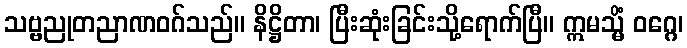
သဗ္ဗညုတညာဏဝဂ်သည်။ နိဋ္ဌိတာ၊ ပြီးဆုံးခြင်းသို့ရောက်ပြီ။ ဣမသ္မိံ ဝဂ္ဂေ၊